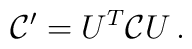
{\cal C}'=U^T {\cal C}U\,.